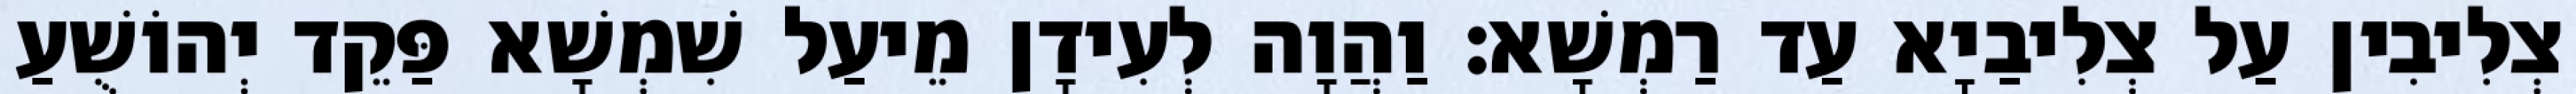
צְלִיבִין עַל צְלִיבַיָא עַד רַמְשָׁא׃ וַהֲוָה לְעִידָן מֵיעַל שִׁמְשָׁא פַּקֵד יְהוֹשֻׁעַ